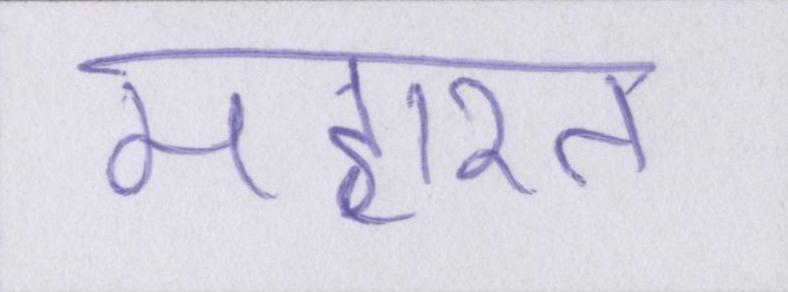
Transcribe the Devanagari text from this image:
महारत